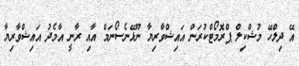
އޭ ދިލްހޭ މުޝްކިލް ޕްރޮމޯޓްކުރަން އައިޝްވާރިޔާ ނޫޅޭނެސޯނަމް އާއި ރާނީ އާމެދު އައިޝްވާރިޔާ